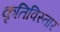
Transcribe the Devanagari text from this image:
कृतिविस्तार